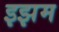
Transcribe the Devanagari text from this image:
इझम